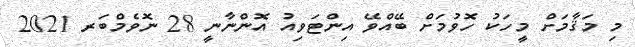
މި މަޤާމަށް މީހަކު ހޮވުމަށް ބޭއްވޭ އިންޓަވިއު އޮންނާނީ 28 ނޮވެމްބަރ 2021